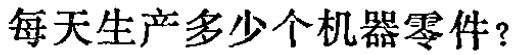
每天生产多少个机器零件？